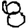
Digit: 8